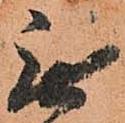
無